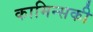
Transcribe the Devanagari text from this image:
कामिन्सकी